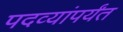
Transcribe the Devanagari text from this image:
पदव्यांपर्यंत